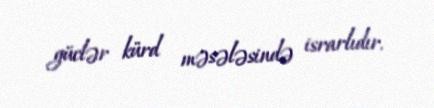
güclər kürd məsələsində israrlıdır.